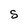
Character: S